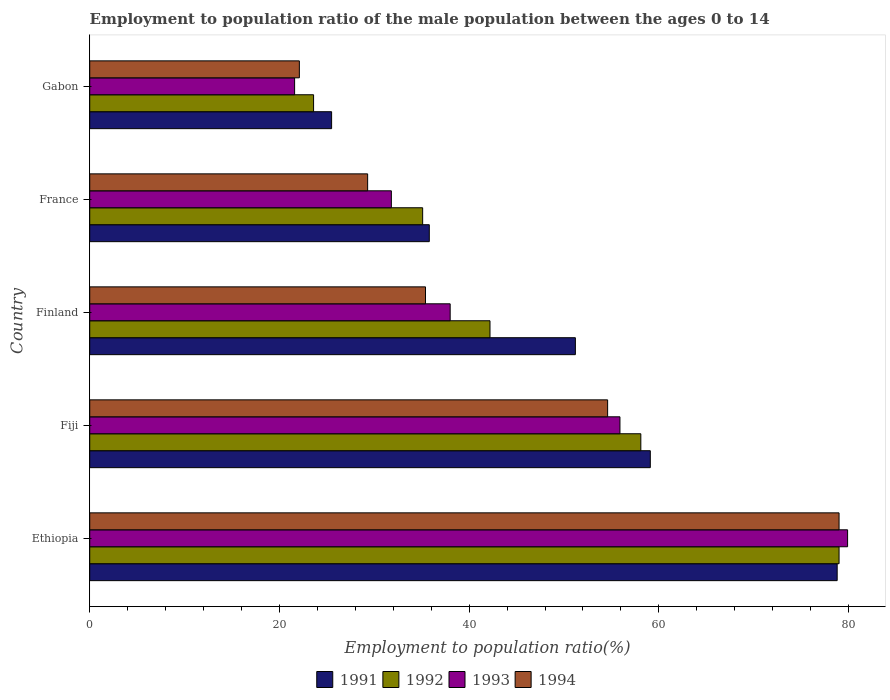
| Country | 1991 | 1992 | 1993 | 1994 |
 | --- | --- | --- | --- | --- |
 | Ethiopia | 78.8 | 79 | 79.9 | 79 |
 | Fiji | 59.1 | 58.1 | 55.9 | 54.6 |
 | Finland | 51.2 | 42.2 | 38 | 35.4 |
 | France | 35.8 | 35.1 | 31.8 | 29.3 |
 | Gabon | 25.5 | 23.6 | 21.6 | 22.1 |